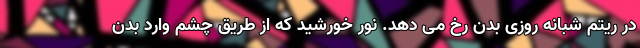
در ریتم شبانه روزی بدن رخ می دهد. نور خورشید که از طریق چشم وارد بدن